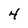
Character: 4